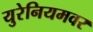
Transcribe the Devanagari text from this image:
युरेनियमवर